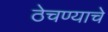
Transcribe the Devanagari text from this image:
ठेचण्याचे